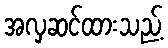
အလှဆင်ထားသည့်